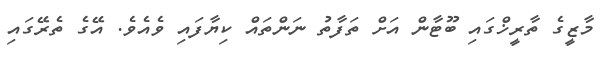
މާޒީގެ ތާރީޚްގައި ބޫޓާން އަށް ތަފާތު ނަންތައް ކިޔާފައި ވެއެވެ. އޭގެ ތެރޭގައި